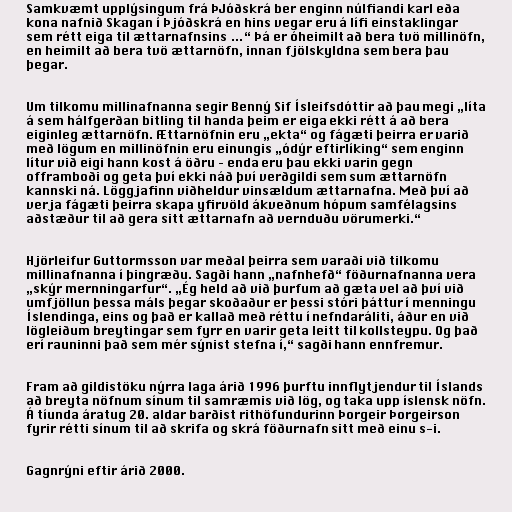
Samkvæmt upplýsingum frá ÞJóðskrá ber enginn núlfiandi karl eða
kona nafnið Skagan í Þjóðskrá en hins vegar eru á lífi einstaklingar
sem rétt eiga til ættarnafnsins …“ Þá er óheimilt að bera tvö millinöfn,
en heimilt að bera tvö ættarnöfn, innan fjölskyldna sem bera þau
þegar.

Um tilkomu millinafnanna segir Benný Sif Ísleifsdóttir að þau megi „líta
á sem hálfgerðan bitling til handa þeim er eiga ekki rétt á að bera
eiginleg ættarnöfn. Ættarnöfnin eru „ekta“ og fágæti þeirra er varið
með lögum en millinöfnin eru einungis „ódýr eftirlíking“ sem enginn
lítur við eigi hann kost á öðru – enda eru þau ekki varin gegn
offramboði og geta því ekki náð því verðgildi sem sum ættarnöfn
kannski ná. Löggjafinn viðheldur vinsældum ættarnafna. Með því að
verja fágæti þeirra skapa yfirvöld ákveðnum hópum samfélagsins
aðstæður til að gera sitt ættarnafn að vernduðu vörumerki.“

Hjörleifur Guttormsson var meðal þeirra sem varaði við tilkomu
millinafnanna í þingræðu. Sagði hann „nafnhefð“ föðurnafnanna vera
„skýr mernningarfur“. „Ég held að við þurfum að gæta vel að því við
umfjöllun þessa máls þegar skoðaður er þessi stóri þáttur í menningu
Íslendinga, eins og það er kallað með réttu í nefndaráliti, áður en við
lögleiðum breytingar sem fyrr en varir geta leitt til kollsteypu. Og það
erí rauninni það sem mér sýnist stefna í,“ sagði hann ennfremur.

Fram að gildistöku nýrra laga árið 1996 þurftu innflytjendur til Íslands
að breyta nöfnum sínum til samræmis við lög, og taka upp íslensk nöfn.
Á tíunda áratug 20. aldar barðist rithöfundurinn Þorgeir Þorgeirson
fyrir rétti sínum til að skrifa og skrá föðurnafn sitt með einu s-i.

Gagnrýni eftir árið 2000.